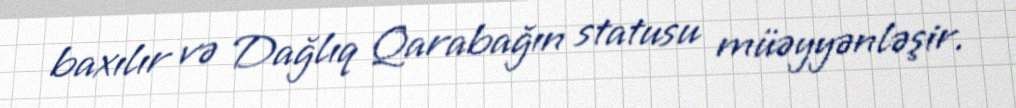
baxılır və Dağlıq Qarabağın statusu müəyyənləşir.